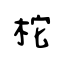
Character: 柁